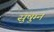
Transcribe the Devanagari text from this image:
सुषुम्न